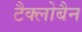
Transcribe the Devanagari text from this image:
टैक्लोबैन